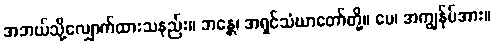
အဘယ်သို့လျှောက်ထားသနည်း။ ဘန္တေ၊ အရှင်သံဃာတော်တို့။ မေ၊ အကျွန်ုပ်အား။